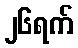
၂၆ရက်